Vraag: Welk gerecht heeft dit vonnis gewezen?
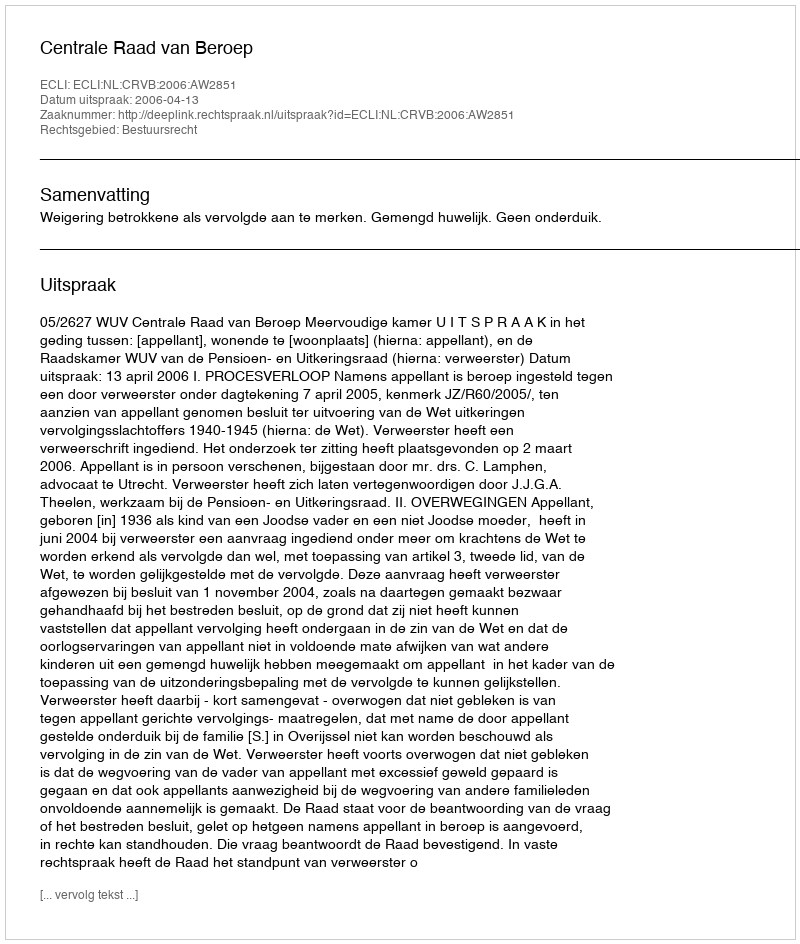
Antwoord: Centrale Raad van Beroep